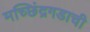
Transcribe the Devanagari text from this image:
मच्छिंद्रगडाची